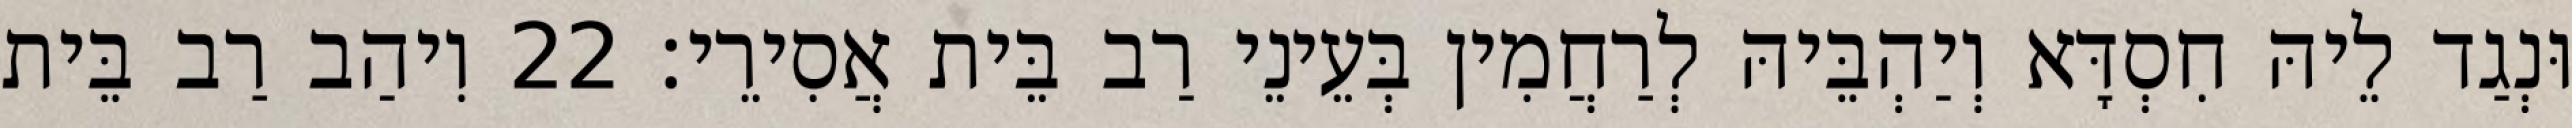
וּנְגַד לֵיהּ חִסְדָּא וְיַהְבֵּיהּ לְרַחֲמִין בְּעֵינֵי רַב בֵּית אֲסִירֵי׃ 22 וִיהַב רַב בֵּית